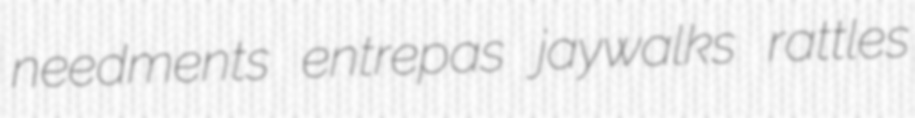
needments entrepas jaywalks rattles